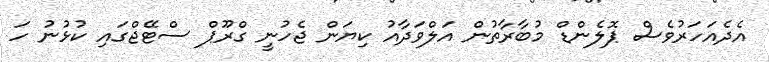
އެދެއަހަރުވެސް ޕޮލެންޑް މުބާރާތުން އަލްވަދާއު ކިޔަން ޖެހުނީ ގްރޫޕް ސްޓޭޖްގައި ކުޅުނު ހަ